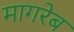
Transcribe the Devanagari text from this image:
मागरेब